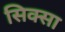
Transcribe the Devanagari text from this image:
सिक्सा